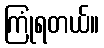
ကြုံရတယ်။